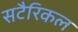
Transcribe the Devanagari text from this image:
सटैरिकल